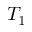
T _ { 1 }